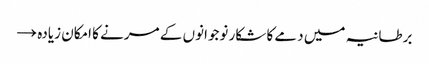
برطانیہ میں دمے کا شکار نوجوانوں کے مرنے کا امکان زیادہ →